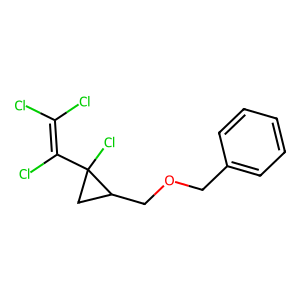
SMILES: ClC(Cl)=C(Cl)C1(Cl)CC1COCc1ccccc1
Inhibits HIV replication: No